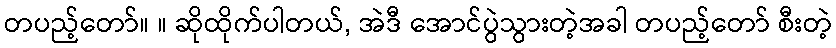
တပည့်တော်။ ။ ဆိုထိုက်ပါတယ်, အဲဒီ အောင်ပွဲသွားတဲ့အခါ တပည့်တော် စီးတဲ့